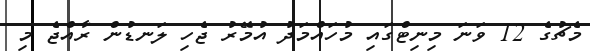
މެޗުގެ 12 ވަނަ މިނިޓްގައި މުހައްމަދު އުމޭރު ޖެހި ލަނޑުން ރާއްޖެ މި